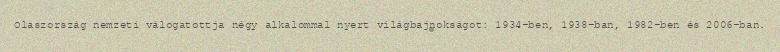
Olaszország nemzeti válogatottja négy alkalommal nyert világbajnokságot: 1934-ben, 1938-ban, 1982-ben és 2006-ban.